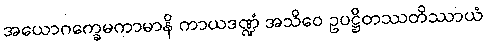
အယောဂက္ခေမကာမာနိ ကာယဒဏ္ဍံ အသိဝေ ဥပဋ္ဌိတဿတိဿာယံ